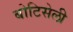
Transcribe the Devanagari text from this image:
बोटिसेली